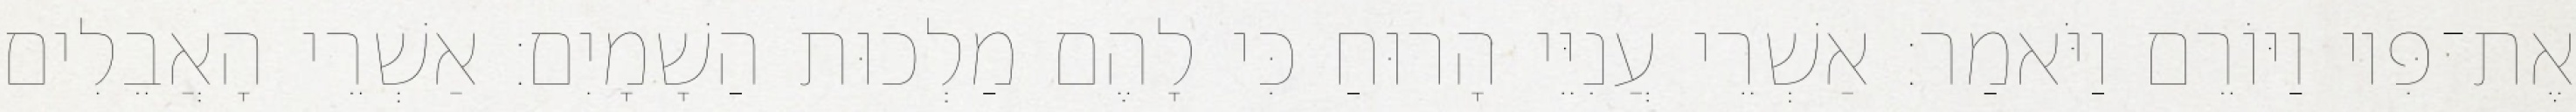
אֶת־פִּיו וַיּוֹרֵם וַיֹּאמַר׃ אַשְׁרֵי עֲנִיֵּי הָרוּחַ כִּי לָהֶם מַלְכוּת הַשָׁמָיִם׃ אַשְׁרֵי הָאֲבֵלִים